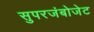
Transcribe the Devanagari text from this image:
सुपरजंबोजेट